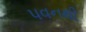
પવનથી